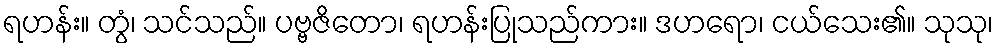
ရဟန်း။ တွံ၊ သင်သည်။ ပဗ္ဗဇိတော၊ ရဟန်းပြုသည်ကား။ ဒဟရော၊ ငယ်သေး၏။ သုသု၊